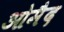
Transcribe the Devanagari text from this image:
ओमैद